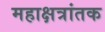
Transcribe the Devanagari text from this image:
महाक्षत्रांतक